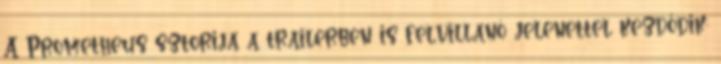
A Prometheus sztorija a trailerben is felvillanó jelenettel kezdődik: